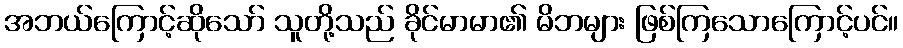
အဘယ်ကြောင့်ဆိုသော် သူတို့သည် ခိုင်မာမာ၏ မိဘများ ဖြစ်ကြသောကြောင့်ပင်။